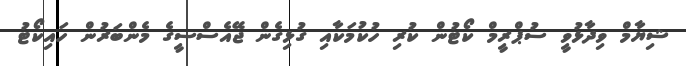
ޝިޔާމް ވިދާޅުވީ ސުޕްރީމް ކޯޓުން ކުރި ހުކުމަކާއި ގުޅިގެން ޖޭއެސްސީގެ މެންބަރުން ހައިކޯޓު